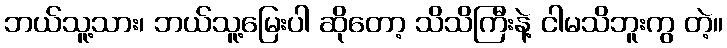
ဘယ်သူ့သား၊ ဘယ်သူ့မြေးပါ ဆိုတော့ သိသိကြီးနဲ့ ငါမသိဘူးကွ တဲ့။